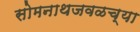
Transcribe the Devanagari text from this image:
सोमनाथजवळच्या